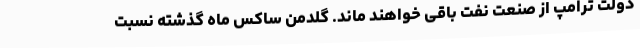
دولت ترامپ از صنعت نفت باقی خواهند ماند. گلدمن ساکس ماه گذشته نسبت